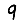
Digit: 9